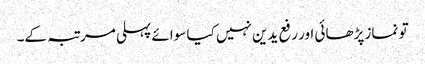
تو نماز پڑھائی اور رفع یدین نہیں کیا سوائے پہلی مرتبہ کے۔